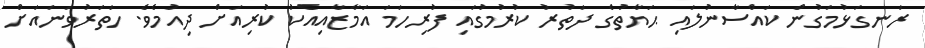
ރަނގަޅުމަގުން ކައްސާނުލައި ޙަޔާތުގެ ދަތުރު ކުރުމުގައި ފުރިހަމަ އަމާޒާއިއެކު ކުރިއަށް ދިއުމެވެ. ހަތަރުވަނައަށް